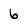
Character: 6